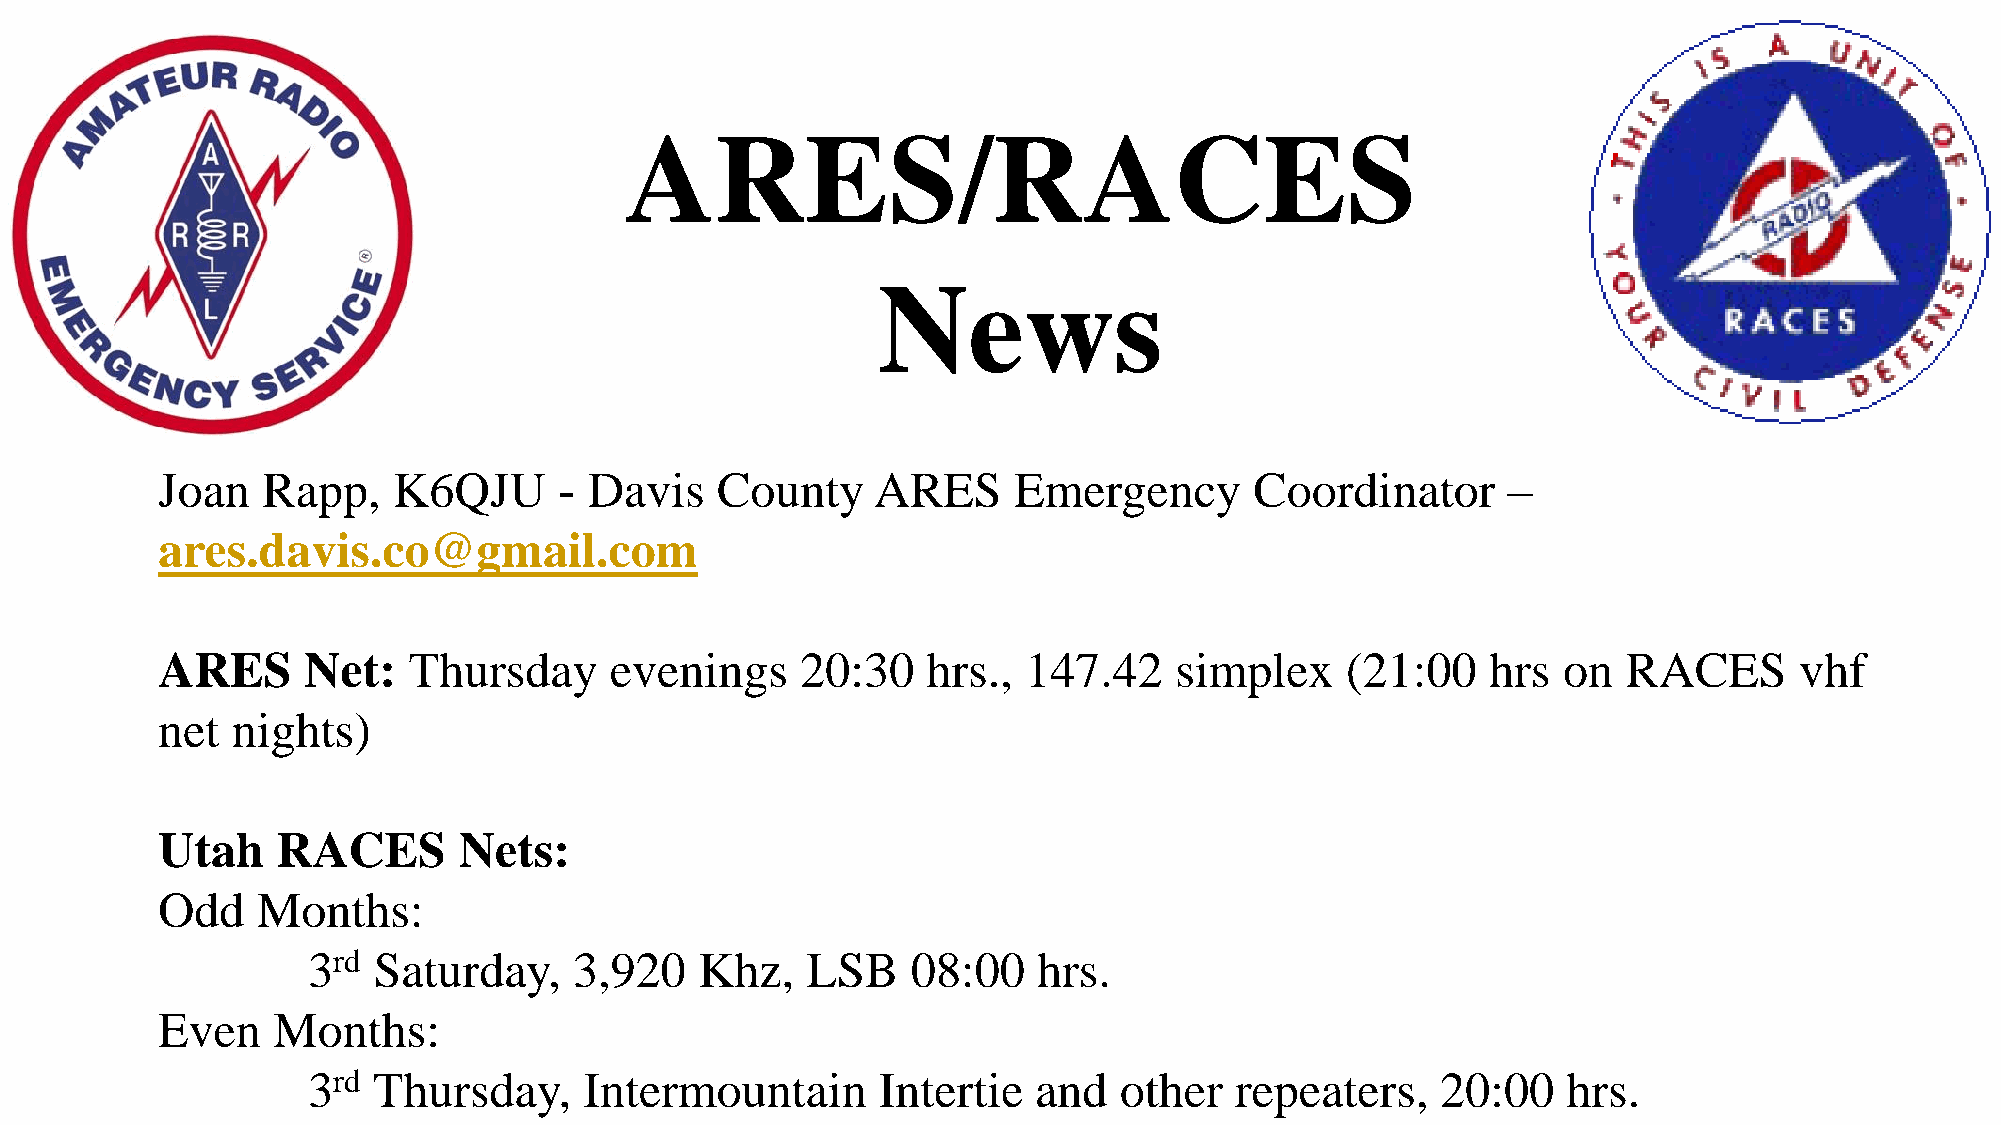
ARES/RACES
 News
 Joan   Rapp,    K6QJU      - Davis   County     ARES     Emergency       Coordinator      –
 ares.davis.co@gmail.com
 ARES      Net:   Thursday     evenings     20:30   hrs.,  147.42    simplex    (21:00    hrs on   RACES      vhf
 net  nights)
 Utah    RACES       Nets:
 Odd    Months:
 3rd  Saturday,    3,920   Khz,   LSB    08:00    hrs.
 Even    Months:
 3rd  Thursday,     Intermountain      Intertie   and  other   repeaters,   20:00    hrs.